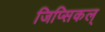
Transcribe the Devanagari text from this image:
जिप्सिकल्